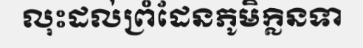
លុះដល់ព្រំដែនភូមិក្លិនទា